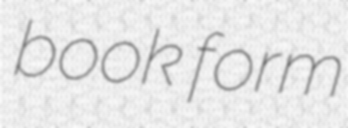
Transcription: book form